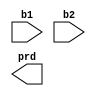
module mult_byte(
	input [0:7] b1, b2,
	output [0:15] prd
	);
	
	wire [0:7] pp[0:7];
	
	generate
		genvar i;
		for (i = 0; i < 8; i = i + 1)
			assign pp[i] = b2[i] ? b1 : 'b0;
	endgenerate

	//stage 1
	
endmodule